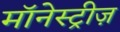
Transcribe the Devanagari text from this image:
मॉनेस्ट्रीज़